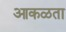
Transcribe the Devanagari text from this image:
आकळता